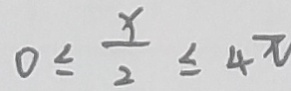
0 \leq \frac { x } { 2 } \leq 4 \pi